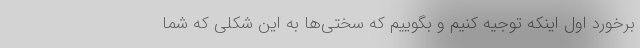
برخورد اول اینکه توجیه کنیم و بگوییم که سختی‌ها به این شکلی که شما